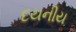
દયનીય